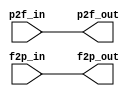
//
//--------------------------------------------------------------------------------
//          THIS FILE WAS AUTOMATICALLY GENERATED BY THE GENESIS2 ENGINE        
//  FOR MORE INFORMATION: OFER SHACHAM (CHIP GENESIS INC / STANFORD VLSI GROUP)
//    !! THIS VERSION OF GENESIS2 IS NOT FOR ANY COMMERCIAL USE !!
//     FOR COMMERCIAL LICENSE CONTACT SHACHAM@ALUMNI.STANFORD.EDU
//--------------------------------------------------------------------------------
//
//  
//	-----------------------------------------------
//	|            Genesis Release Info             |
//	|  $Change: 11789 $ --- $Date: 2013/03/25 $   |
//	-----------------------------------------------
//	
//
//  Source file: /nobackup/nikhil3/github/CGRAGenerator/hardware/generator_z/io16bit/io16bit.vp
//  Source template: io16bit
//
// --------------- Begin Pre-Generation Parameters Status Report ---------------
//
//	From 'generate' statement (priority=5):
// Parameter io_group 	= 0
// Parameter side 	= 1
//
//		---- ---- ---- ---- ---- ---- ---- ---- ---- ---- ----
//
//	From Command Line input (priority=4):
//
//		---- ---- ---- ---- ---- ---- ---- ---- ---- ---- ----
//
//	From XML input (priority=3):
//
//		---- ---- ---- ---- ---- ---- ---- ---- ---- ---- ----
//
//	From Config File input (priority=2):
//
// ---------------- End Pre-Generation Pramameters Status Report ----------------

// io_group (_GENESIS2_INHERITANCE_PRIORITY_) = 0
//
// side (_GENESIS2_INHERITANCE_PRIORITY_) = 1
//
// width (_GENESIS2_DECLARATION_PRIORITY_) = 16
//


module io16bit_unq1 (
p2f_in,
p2f_out,
f2p_in,
f2p_out
);

input  [15:0] p2f_in;
output [15:0] p2f_out;
input  [15:0] f2p_in;
output [15:0] f2p_out;


  assign p2f_out = p2f_in;
  assign f2p_out = f2p_in;
endmodule